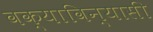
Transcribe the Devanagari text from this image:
वक्याविन्यासी